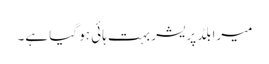
میرا بلڈ پریشر بہت ہائی ہو گیا ہے۔